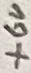
Text: +6V